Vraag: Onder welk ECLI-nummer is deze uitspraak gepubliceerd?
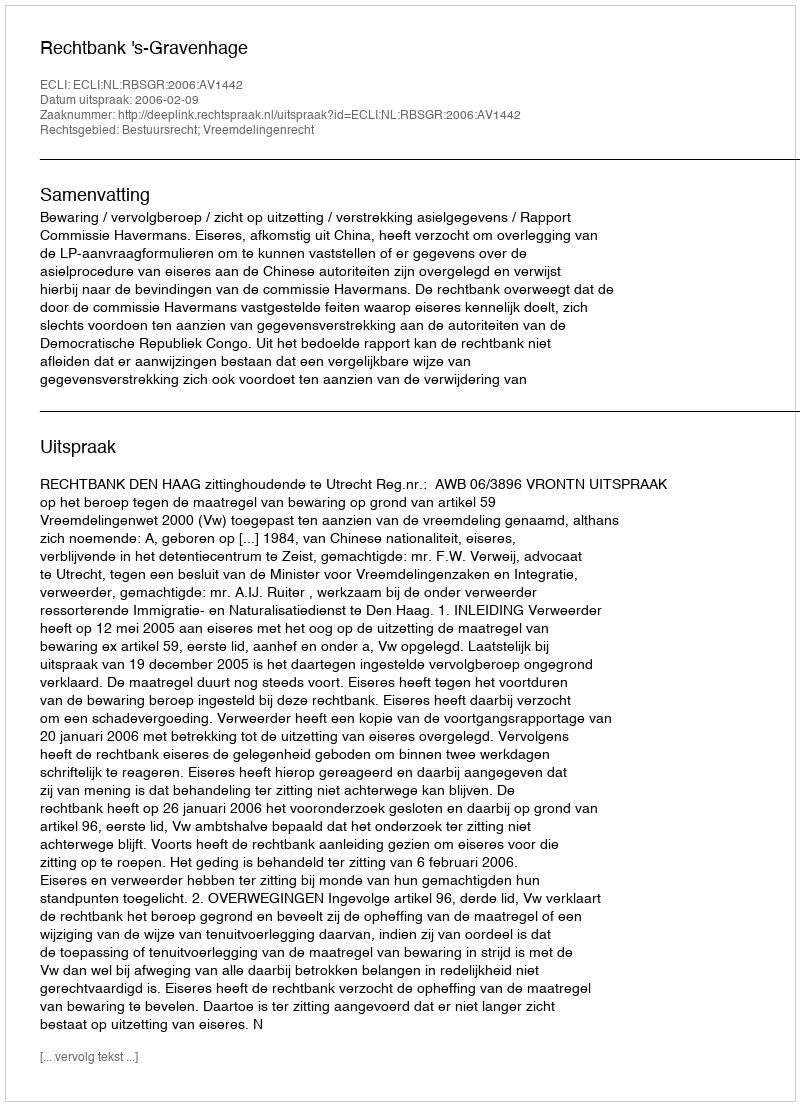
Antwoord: ECLI:NL:RBSGR:2006:AV1442